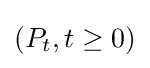
(P_{t},t\geq 0)